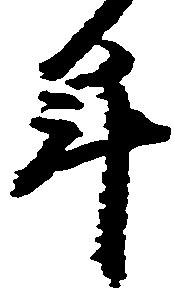
年